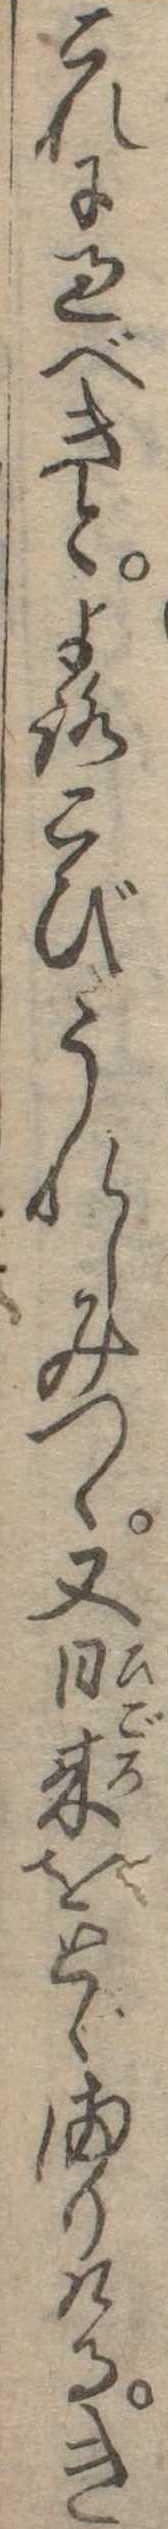
これに過べきとよろこびうれしみつゝ又日来をとゞまりけるき